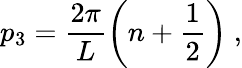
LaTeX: p_{3}=\frac{2\pi}{L}\left(n+\frac{1}{2}\right)\ ,